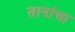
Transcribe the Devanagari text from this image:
तानांचा